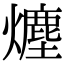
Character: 𤐷